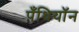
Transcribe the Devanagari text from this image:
पँथियॉन